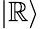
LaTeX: |\mathbb{R}\rangle